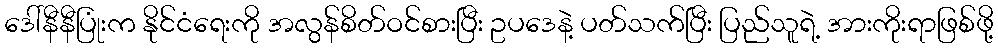
ဒေါ်နီနီပြုံးက နိုင်ငံရေးကို အလွန်စိတ်ဝင်စားပြီး ဥပဒေနဲ့ ပတ်သက်ပြီး ပြည်သူရဲ့ အားကိုးရာဖြစ်ဖို့